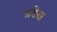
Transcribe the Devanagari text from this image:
अङेश्च